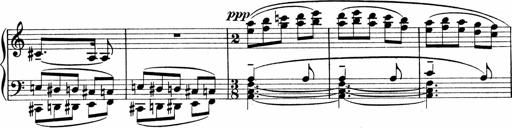
Title: Sonatina No.1
Composer: Otto Stoll
Key: C major